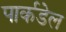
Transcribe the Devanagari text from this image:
पार्कडेल